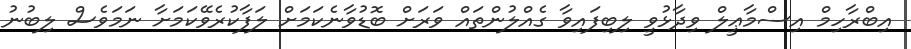
އިބްރާހިމް އިސްމާޢީލް ވިދާޅުވީ ލިބިފައިވާ ގެއްލުންތައް ވަރަށް ބޮޑުވާނެކަމަށް ލަފާކުރެވޭކަމަށާ ނަމަވެސް ލިބުނު